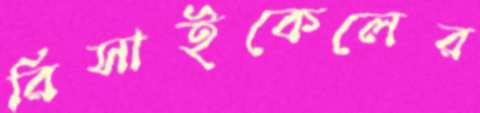
রিসাইকেলের